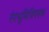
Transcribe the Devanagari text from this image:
रंगभूमिविषयक